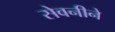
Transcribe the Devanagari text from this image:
सेवनीने